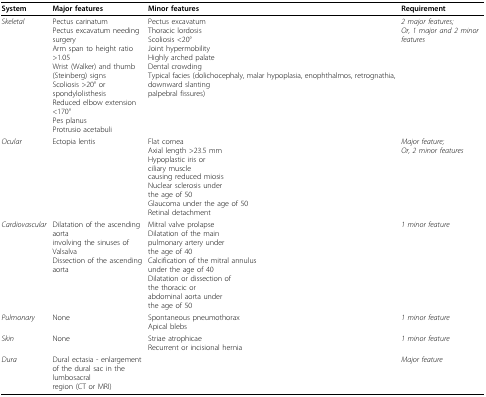
| System | Major features | Minor features | Requirement |
 | --- | --- | --- | --- |
 | Skeletal | Pectus carinatumPectus excavatum needing surgeryArm span to height ratio >1.05Wrist (Walker) and thumb(Steinberg) signsScoliosis >20° or spondylolisthesisReduced elbow extension <170°Pes planusProtrusio acetabuli | Pectus excavatumThoracic lordosisScoliosis <20°Joint hypermobilityHighly arched palateDental crowdingTypical facies (dolichocephaly, malar hypoplasia, enophthalmos, retrognathia, downward slantingpalpebral fissures) | 2 major features;Or, 1 major and 2 minor features |
 | Ocular | Ectopia lentis | Flat corneaAxial length >23.5 mmHypoplastic iris orciliary musclecausing reduced miosisNuclear sclerosis underthe age of 50Glaucoma under the age of 50Retinal detachment | Major feature;Or, 2 minor features |
 | Cardiovascular | Dilatation of the ascending aortainvolving the sinuses of ValsalvaDissection of the ascending aorta | Mitral valve prolapseDilatation of the mainpulmonary artery underthe age of 40Calcification of the mitral annulusunder the age of 40Dilatation or dissection ofthe thoracic orabdominal aorta underthe age of 50 | 1 minor feature |
 | Pulmonary | None | Spontaneous pneumothoraxApical blebs | 1 minor feature |
 | Skin | None | Striae atrophicaeRecurrent or incisional hernia | 1 minor feature |
 | Dura | Dural ectasia - enlargementof the dural sac in the lumbosacralregion (CT or MRI) |  | Major feature |